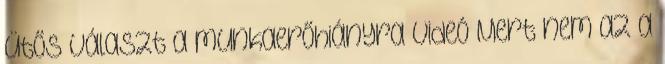
ütős választ a munkaerőhiányra Videó Mert nem az a